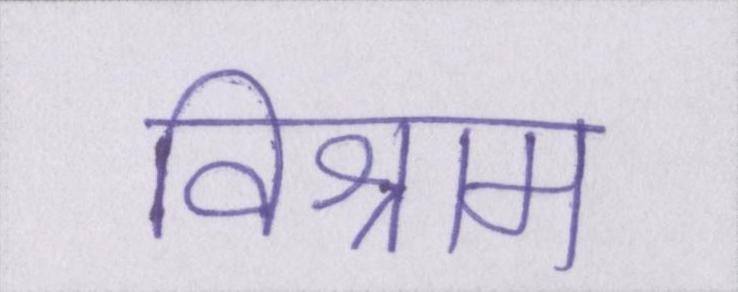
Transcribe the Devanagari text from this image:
विश्राम